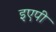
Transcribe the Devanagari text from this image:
इएपी